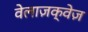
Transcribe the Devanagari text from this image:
वेलाज़क्वेज़